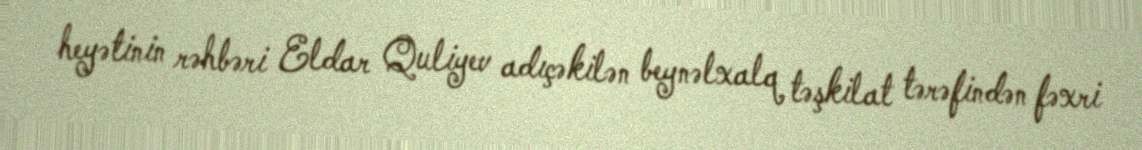
heyətinin rəhbəri Eldar Quliyev adıçəkilən beynəlxalq təşkilat tərəfindən fəxri